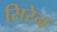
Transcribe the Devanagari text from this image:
सिरेन